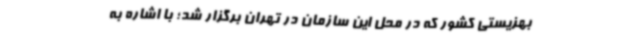
بهزیستی کشور که در محل این سازمان در تهران برگزار شد؛ با اشاره به